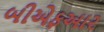
બીએફઆર